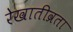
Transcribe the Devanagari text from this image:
रेखातीव्रता